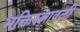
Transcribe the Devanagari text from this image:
भक्तिरत्नावली